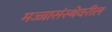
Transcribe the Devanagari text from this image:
मज्जासंस्थेवरील